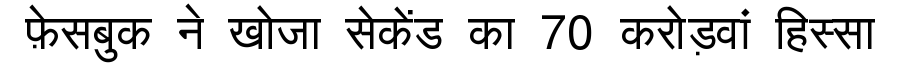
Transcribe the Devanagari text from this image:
फ़ेसबुक ने खोजा सेकेंड का 70 करोड़वां हिस्सा